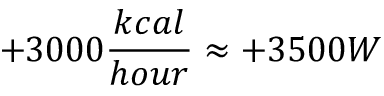
+ 3 0 0 0 \frac { k c a l } { h o u r } \approx + 3 5 0 0 W